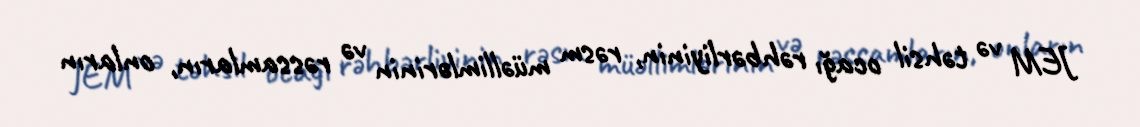
JEM və təhsil ocağı rəhbərliyinin, rəsm müəllimlərinin və rəssamların, onların